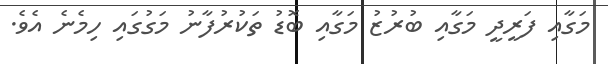
މަގާއި ފަރީދީ މަގާއި ބުރުޒު މަގާއި ބޮޑު ތަކުރުފާނު މަގުގައި ހިމެނެ އެވެ.